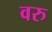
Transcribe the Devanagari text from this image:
वरु